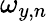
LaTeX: \omega_{y,n}